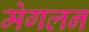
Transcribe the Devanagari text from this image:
मेगलन